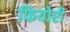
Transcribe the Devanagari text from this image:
फियोरी